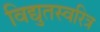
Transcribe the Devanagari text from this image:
विद्युतस्वरित्र